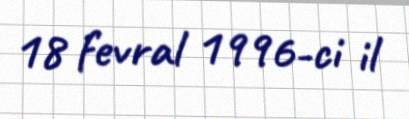
18 fevral 1996-ci il